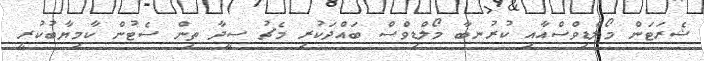
ޝެރަޓަން މޯލްޑިވްސްއާއި ކުރުނބާ މޯލްޑިވްސް ބައްދަކުރި މެޗު ސީދާ ތިން ސެޓުން ކާމިޔާބުކުރީ